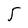
Character: 5